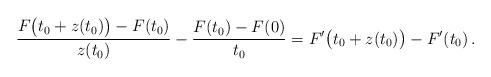
LaTeX: \begin{align*}\frac{F\bigl(t_0+z(t_0)\bigr)-F(t_0)}{z(t_0)}-\frac{F(t_0)-F(0)}{t_0}=F'\bigl(t_0+z(t_0)\bigr)-F'(t_0)\,.\end{align*}